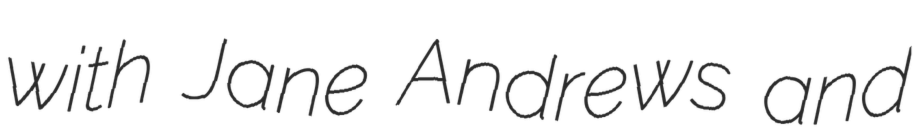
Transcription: with Jane Andrews and